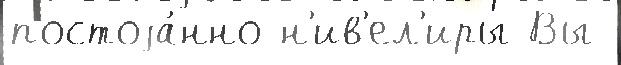
постоjа́нно н'ив'ел'иры Вы